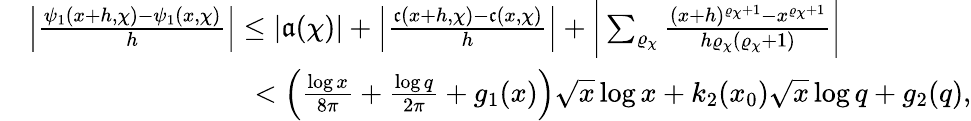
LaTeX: \begin{array}{rl}&{\left|\frac{\psi_{1}(x+h,\chi)-\psi_{1}(x,\chi)}{h}\right|\leq|\mathfrak{a}(\chi)|+\left|\frac{\mathfrak{c}(x+h,\chi)-\mathfrak{c}(x,\chi)}{h}\right|+\bigg|\sum_{\varrho_{\chi}}\frac{(x+h)^{\varrho_{\chi}+1}-x^{\varrho_{\chi}+1}}{h\varrho_{\chi}(\varrho_{\chi}+1)}\bigg|}\\ &{\qquad\qquad\qquad\qquad<\left(\frac{\log{x}}{8\pi}+\frac{\log{q}}{2\pi}+g_{1}(x)\right)\sqrt{x}\log{x}+k_{2}(x_{0})\sqrt{x}\log{q}+g_{2}(q),}\end{array}